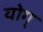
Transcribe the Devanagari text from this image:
योग्‌